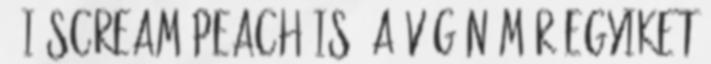
- I scream peach is. A végén már egyiket